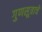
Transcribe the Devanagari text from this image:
गुणसूत्राचे